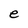
Character: e